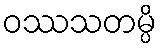
ဝဿသတမ္ပိ